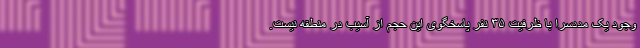
وجود یک مددسرا با ظرفیت ۳۵ نفر پاسخگوی این حجم از آسیب در منطقه نیست.